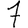
Digit: 7